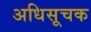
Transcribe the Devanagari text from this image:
अधिसूचक